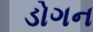
ડોગન